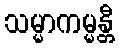
သမ္မာကမ္မန္တီ